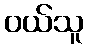
ဝယ်သူ